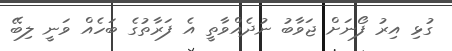
ގުޅި އިރު ފޯނަށް ޖަވާބު ނުދެއްވާތީ އެ ފަރާތުގެ ބަހެއް ވަނީ ލިބޭ